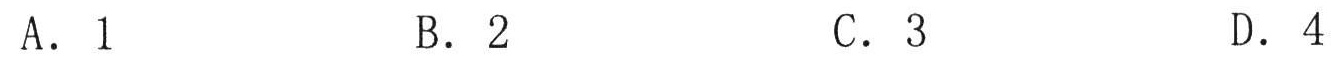
A. \(1\)  B. \(2\)  C. \(3\)  D. \(4\)